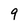
Character: 9